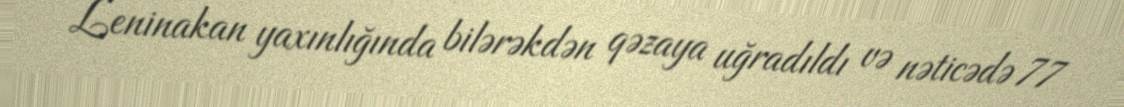
Leninakan yaxınlığında bilərəkdən qəzaya uğradıldı və nəticədə 77